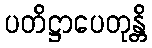
ပတိဋ္ဌာပေတုန္တိ